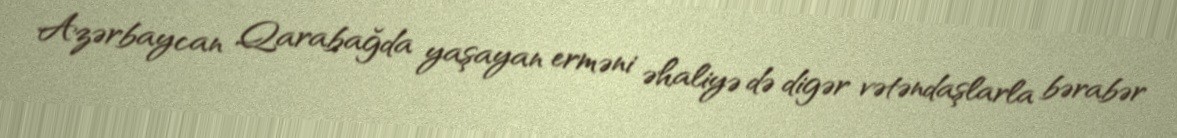
Azərbaycan Qarabağda yaşayan erməni əhaliyə də digər vətəndaşlarla bərabər